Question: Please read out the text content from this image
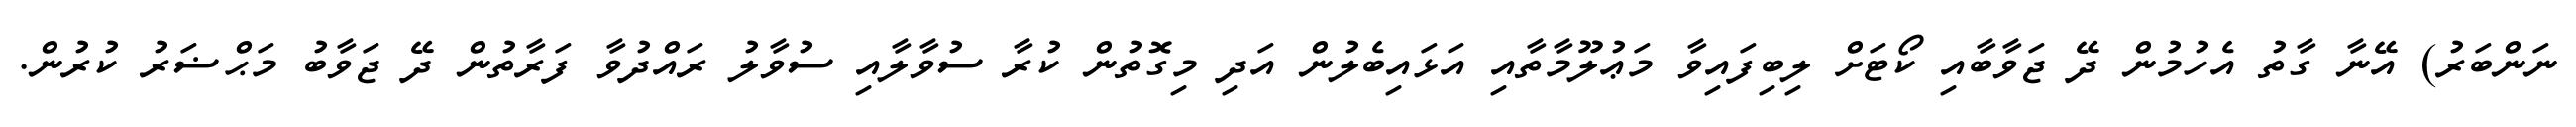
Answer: ނަންބަރު) އޭނާ ގާތު އެހުމުން ދޭ ޖަވާބާއި ކޯޓަށް ލިބިފައިވާ މަޢުލޫމާތާއި އަޅައިބެލުން އަދި މިގޮތުން ކުރާ ސުވާލާއި ސުވާލު ރައްދުވާ ފަރާތުން ދޭ ޖަވާބު މަޙްޟަރު ކުރުން.